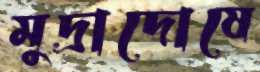
মুদ্রাদোষে